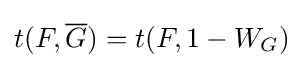
t(F,{\overline {G}})=t(F,1-W_{G})